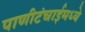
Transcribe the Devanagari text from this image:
पाणीटंचाईमध्ये